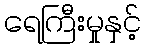
ရေကြီးမှုနှင့်